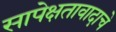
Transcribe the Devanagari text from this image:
सापेक्षतावादाचे